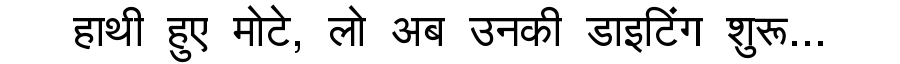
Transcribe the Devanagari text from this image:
हाथी हुए मोटे, लो अब उनकी डाइटिंग शुरू...